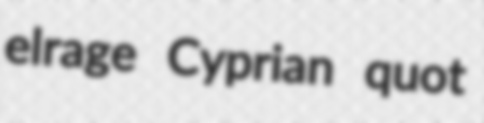
elrage Cyprian quot